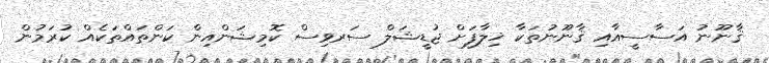
ޤާނޫނު އަސާސީއާއި ޤާނޫނުތަކާ ޚިލާފަށް ޖުޑީޝަލް ސަރވިސް ކޮމިޝަންއިން ކަންތައްތަކެއް ކުރަމުން